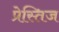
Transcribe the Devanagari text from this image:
प्रेस्तिज